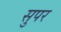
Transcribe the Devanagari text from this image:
सुपर